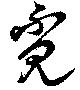
覓